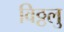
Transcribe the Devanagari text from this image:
विठ्ठलु